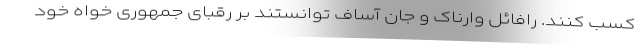
کسب کنند. رافائل وارناک و جان آساف توانستند بر رقبای جمهوری خواه خود